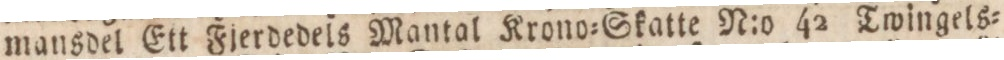
mansdel Ett Fjerdedels Mantal Krono=Skatte N:o 42 Twingels=